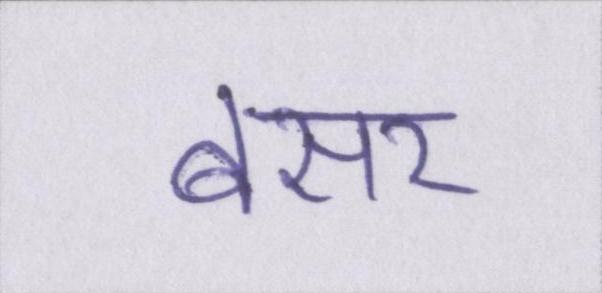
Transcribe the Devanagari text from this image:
बसर